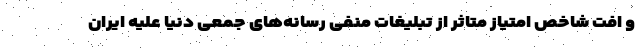
و افت شاخص امتیاز متاثر از تبلیغات منفی رسانه‌های جمعی دنیا علیه ایران